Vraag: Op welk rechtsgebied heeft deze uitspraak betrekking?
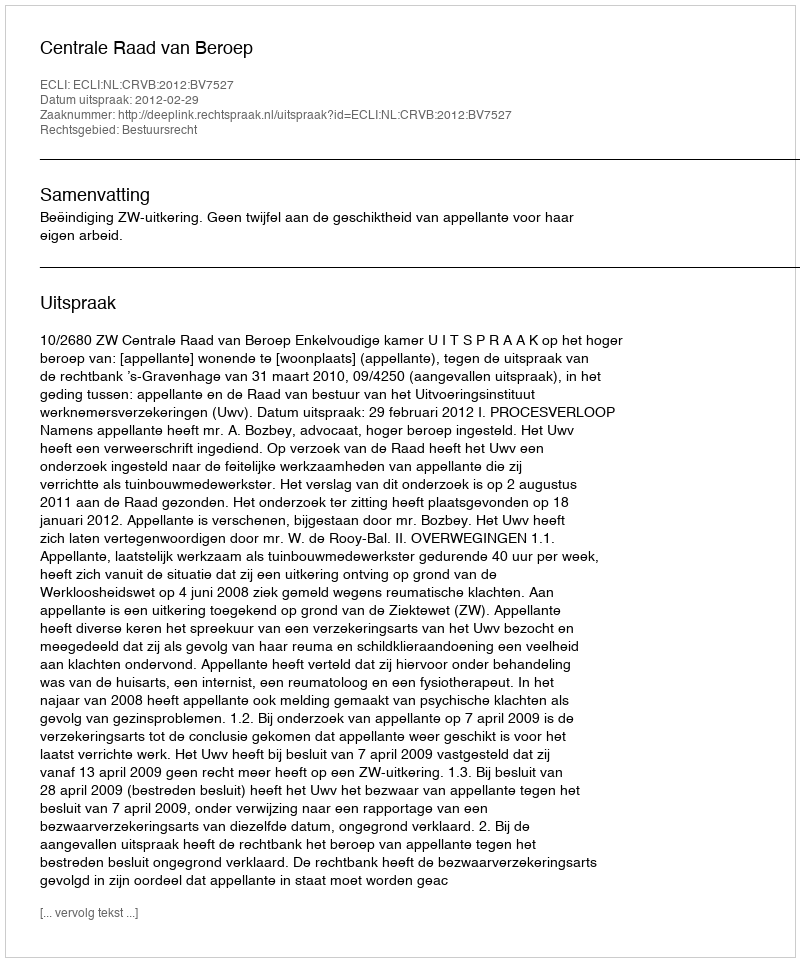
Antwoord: Bestuursrecht